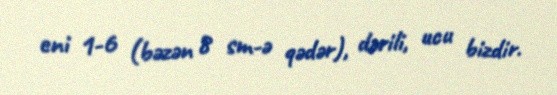
eni 1-6 (bəzən 8 sm-ə qədər), dərili, ucu bizdir.